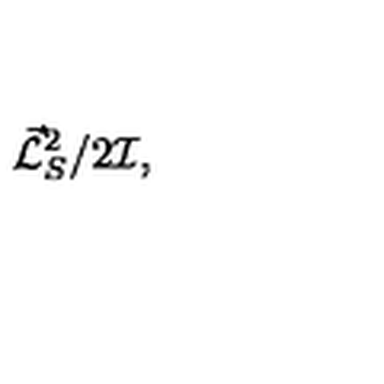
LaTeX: { \vec { \cal L } _ { S } } ^ { 2 } / 2 { \cal I } ,